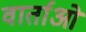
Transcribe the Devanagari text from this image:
वार्ताओ